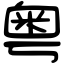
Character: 粤